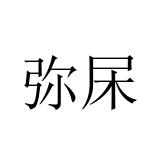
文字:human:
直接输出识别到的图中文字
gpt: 弥杘